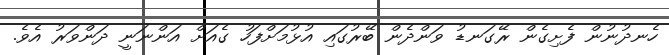
ހެނދުނުން ފެށިގެން ރޭގަނޑު ވަންދެން ބޭރުގައި އުޅުމަށްފަހު ގެއަށް އަންނަނީ ދަންވަރު އެވެ.